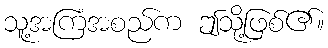
သူ့အကြံအစည်က ဤသို့ဖြစ်၏။